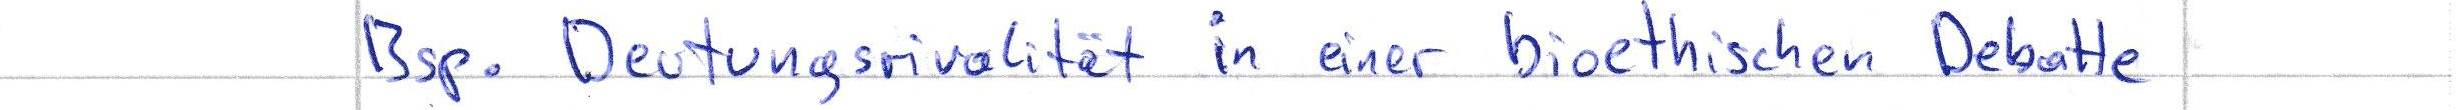
Bsp. Deutungsrivalität in einer bioethischen Debatte